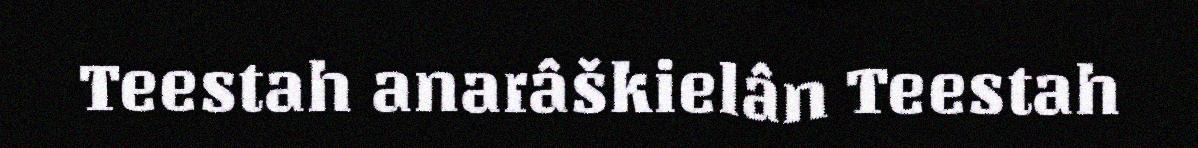
Teestah anarâškielân Teestah